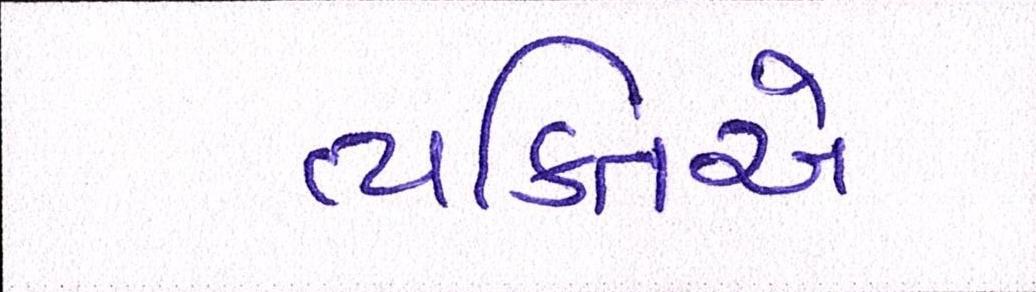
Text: વ્યકિતએ